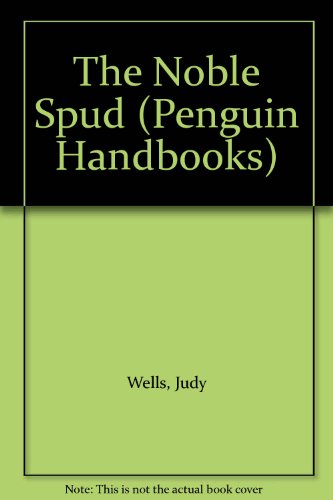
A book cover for The Noble Spud (Penguin Handbooks); Judy Wells; Cookbooks, Food & Wine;